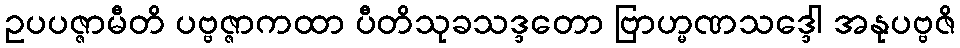
ဥပပဇ္ဇာမီတိ ပဗ္ဗဇ္ဇာကထာ ပီတိသုခသဒ္ဒတော ဗြာဟ္မဏသဒ္ဒေါ အနုပဗ္ဗဇိ